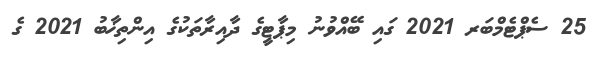
25 ސެޕްޓެމްބަރ 2021 ގައި ބޭއްވުނު މިޕާޓީގެ ދާއިރާތަކުގެ އިންތިޚާބު 2021 ގެ